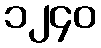
၁၂၄၀